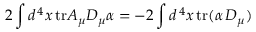
2 \int d ^ { \, 4 } x \, \mathrm { t r } A _ { \mu } D _ { \mu } \alpha = - 2 \int d ^ { \, 4 } x \, \mathrm { t r } ( \alpha \, D _ { \mu } )